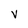
Character: v